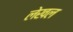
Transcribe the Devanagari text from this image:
लेखल